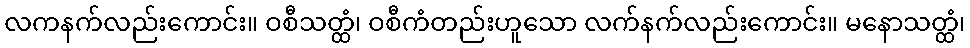
လကနက်လည်းကောင်း။ ဝစီသတ္ထံ၊ ဝစီကံတည်းဟူသော လက်နက်လည်းကောင်း။ မနောသတ္ထံ၊